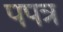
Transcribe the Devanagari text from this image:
पपत्र